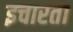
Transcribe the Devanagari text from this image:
इचारता